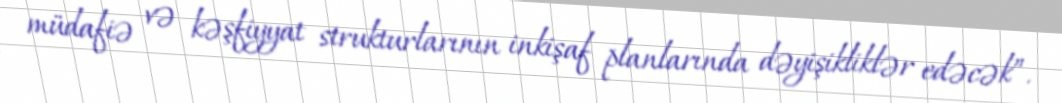
müdafiə və kəşfiyyat strukturlarının inkişaf planlarında dəyişikliklər edəcək”.